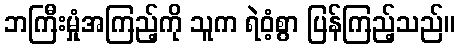
ဘကြီးမှုံအကြည့်ကို သူက ရဲဝံ့စွာ ပြန်ကြည့်သည်။